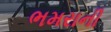
ભમરાની